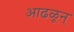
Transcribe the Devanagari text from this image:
आढळून्